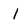
Character: i